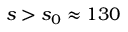
s > s _ { 0 } \approx 1 3 0